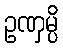
ဥဏှမ္ပိ